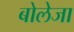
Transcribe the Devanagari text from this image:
बोलेजा